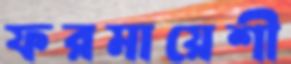
ফরমায়েশী